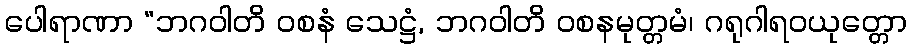
ပေါရာဏာ “ဘဂဝါတိ ဝစနံ သေဋ္ဌံ, ဘဂဝါတိ ဝစနမုတ္တမံ၊ ဂရုဂါရဝယုတ္တော